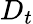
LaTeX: D_{t}